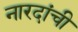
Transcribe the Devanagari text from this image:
नारदांची